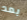
بعد